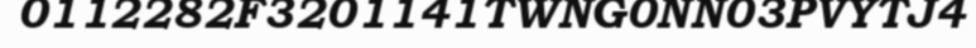
0112282F3201141TWNG0NN03PVYTJ4